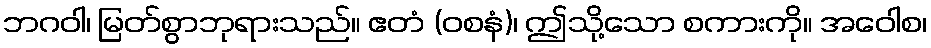
ဘဂဝါ၊ မြတ်စွာဘုရားသည်။ ဧတံ (ဝစနံ)၊ ဤသို့သော စကားကို။ အဝေါစ၊